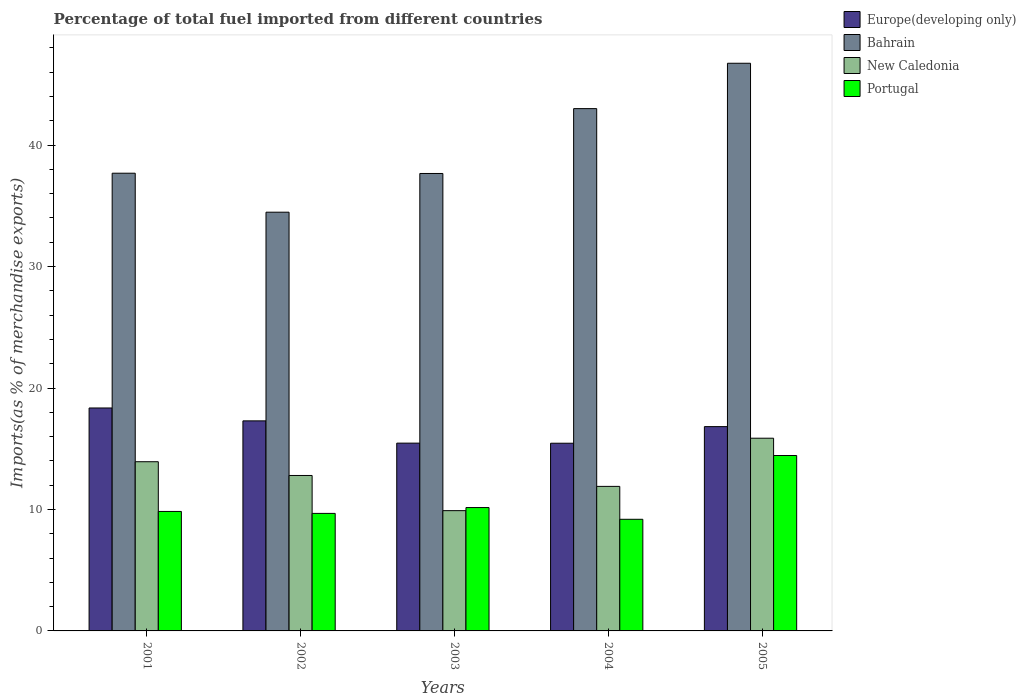
| Years | Europe(developing only) | Bahrain | New Caledonia | Portugal |
 | --- | --- | --- | --- | --- |
 | 2001 | 18.4 | 37.7 | 13.9 | 9.84 |
 | 2002 | 17.3 | 34.5 | 12.8 | 9.68 |
 | 2003 | 15.5 | 37.7 | 9.9 | 10.2 |
 | 2004 | 15.5 | 43 | 11.9 | 9.19 |
 | 2005 | 16.8 | 46.7 | 15.9 | 14.4 |